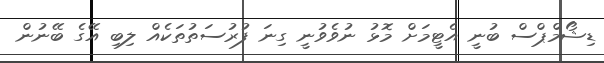
ޑިޝޯމްޕްސް ބުނީ އެޓީމަށް މޮޅު ނުވެވުނީ ގިނަ ފުރުސަތުތަކެއް ލިބި އޭގެ ބޭނުން